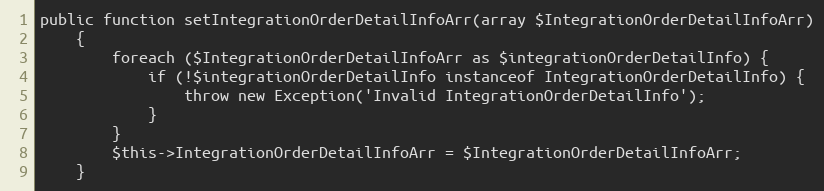
Language: PHP
public function setIntegrationOrderDetailInfoArr(array $IntegrationOrderDetailInfoArr)
    {
        foreach ($IntegrationOrderDetailInfoArr as $integrationOrderDetailInfo) {
            if (!$integrationOrderDetailInfo instanceof IntegrationOrderDetailInfo) {
                throw new Exception('Invalid IntegrationOrderDetailInfo');
            }
        }
        $this->IntegrationOrderDetailInfoArr = $IntegrationOrderDetailInfoArr;
    }